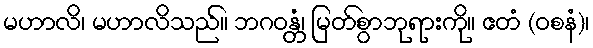
မဟာလိ၊ မဟာလိသည်။ ဘဂဝန္တံ၊ မြတ်စွာဘုရားကို။ ဧတံ (ဝစနံ)၊